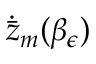
\dot { \bar { z } } _ { m } ( \beta _ { \epsilon } )